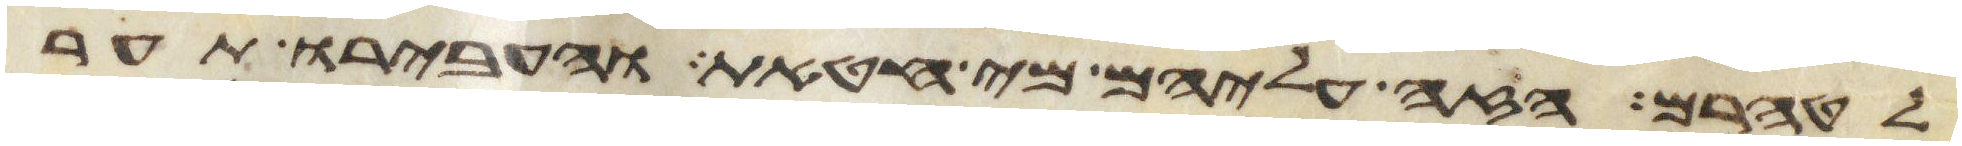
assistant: לטהרם הזי עליהם מי חטאת והעבירו תער